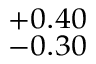
^ { + 0 . 4 0 } _ { - 0 . 3 0 }